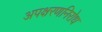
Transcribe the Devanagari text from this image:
अपक्षरणनिरोध